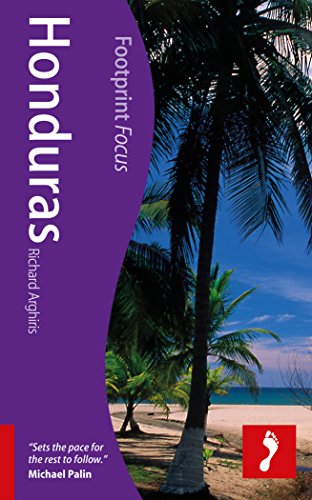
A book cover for Honduras (Footprint Focus); Richard Arghiris; Travel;